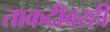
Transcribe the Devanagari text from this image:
ताकदीवरही